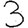
Digit: 3